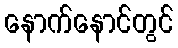
နောက်နောင်တွင်